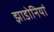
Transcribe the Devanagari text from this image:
झाडोनियां